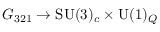
{ \cal G } _ { 3 2 1 } \rightarrow \mathrm { S U } ( 3 ) _ { c } \times \mathrm { U } ( 1 ) _ { \cal Q }